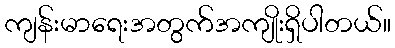
ကျန်းမာရေးအတွက်အကျိုးရှိပါတယ်။